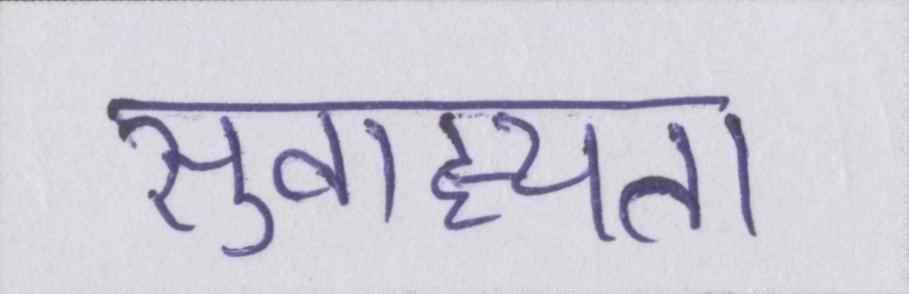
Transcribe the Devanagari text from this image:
सुवाह्यता